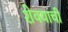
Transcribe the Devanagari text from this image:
शेवयाची